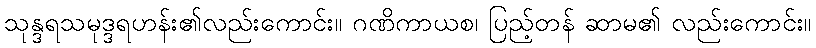
သုန္ဒရသမုဒ္ဒရဟန်း၏လည်းကောင်း။ ဂဏိကာယစ၊ ပြည့်တန် ဆာမ၏ လည်းကောင်း။